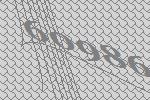
60986